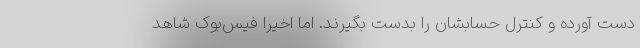
دست آورده و کنترل حسابشان را بدست بگیرند. اما اخیرا فیس‌بوک شاهد